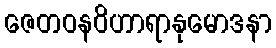
ဇေတဝနဝိဟာရာနုမောဒနာ